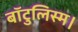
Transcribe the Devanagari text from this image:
बॉटुलिस्म।